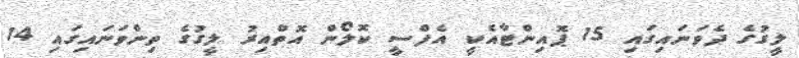
ލީގުގެ ދެވަނައިގައި 15 ޕޮއިންޓާއެކީ އެފްސީ ކޮލޯން އޮތްއިރު ލީގުގެ ތިންވަނައިގައި 14